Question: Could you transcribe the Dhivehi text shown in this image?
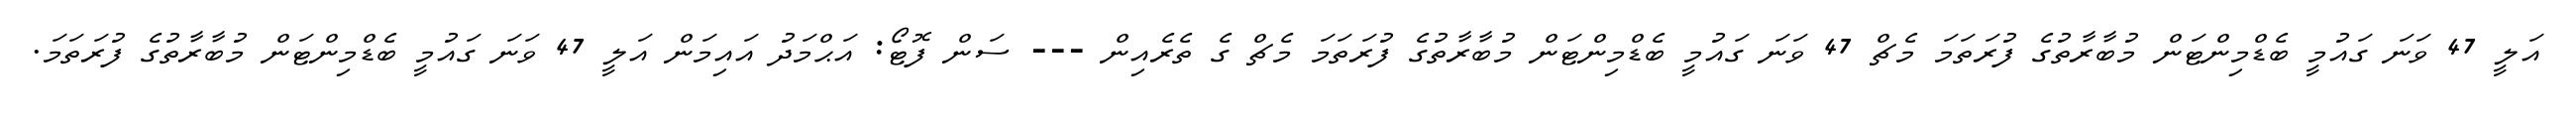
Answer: އަލީ 47 ވަނަ ގައުމީ ބެޑްމިންޓަން މުބާރާތުގެ ފުރަތަމަ މެޗް 47 ވަނަ ގައުމީ ބެޑްމިންޓަން މުބާރާތުގެ ފުރަތަމަ މެޗް ގެ ތެރެއިން --- ސަން ފޮޓޯ: އަޙްމަދު އައިމަން އަލީ 47 ވަނަ ގައުމީ ބެޑްމިންޓަން މުބާރާތުގެ ފުރަތަމަ.